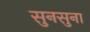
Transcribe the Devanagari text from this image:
सुनसुना